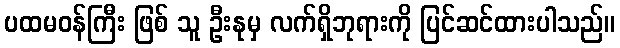
ပထမဝန်ကြီး ဖြစ် သူ ဦးနုမှ လက်ရှိဘုရားကို ပြင်ဆင်ထားပါသည်။